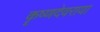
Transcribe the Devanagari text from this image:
कॄष्णदेवराया